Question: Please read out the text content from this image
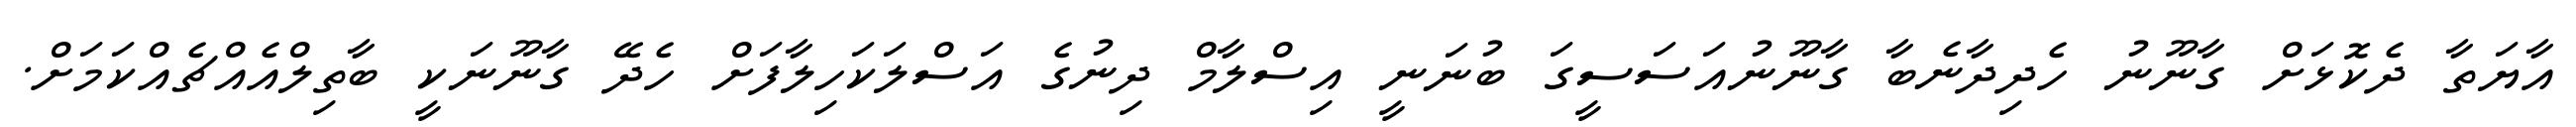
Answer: އާޔަތާ ދެކޮޅަށް ގާނޫނު ހެދިދާނެބާ ގާނޫނުއަސަސީގަ ބުނަނީ އިސްލާމް ދިނުގެ އަސްލަކަހިލާފަށް ހެދޭ ގާނޫނަކީ ބާތިލްއެއްޗެއްކަމަށް.